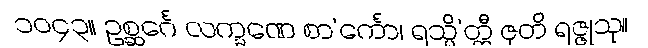
၁၀၄၃။ ဥစ္ဆင်္ဂေ လက္ခဏေ စာ’င်္ကော၊ ရသ္မိ’တ္ထီ ဇုတိ ရဇ္ဇုသု။